Report on malaria in the Punjab during the year ...  together with an account of the work of the Punjab Malaria Bureau - Volume 3
Disease focus: Malaria
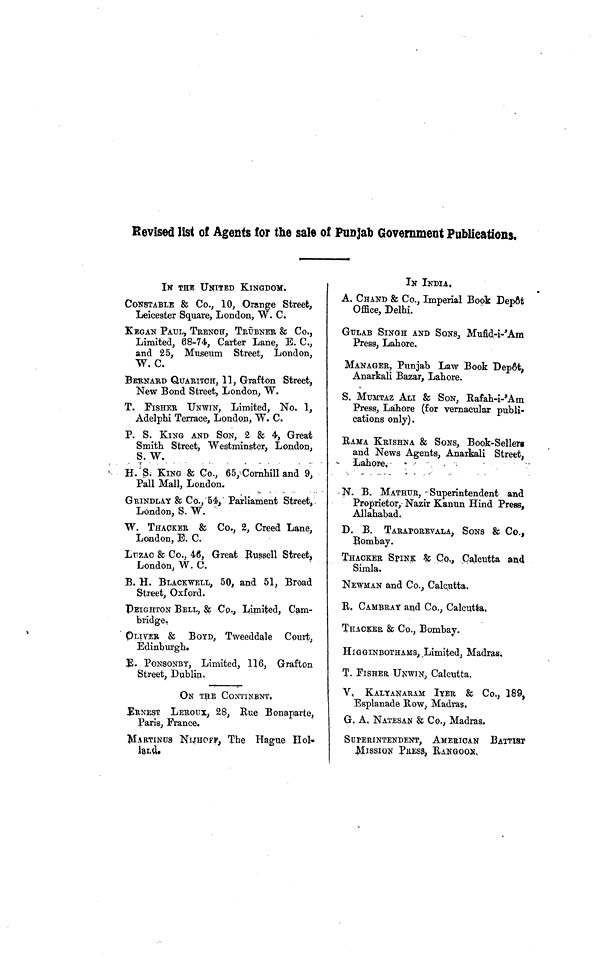
Revised list of Agents lor the sale of Punjab Government Publications.
IN THE UNITED KINGDOM.
CONSTABLE & Co., 10, Orange Street,
Leicester Square, London, W. C.
KEGAN PAUL, TRENCH, TRUBNER & Co.,
Limited, 68-74, Carter Lane, E. C,
and 25, Museum Street, London,
W. C.
BERNARD QUARITCH, 11, Graf ton Street,
New Bond Street, London, W.
T. FISHER UNWIN, Limited, No. 1,
Adelphi Terrace, London, W. C.
P. S. KING AND SON, 2 & 4, Great
Smith Street, Westminster, London,
S. W.
H. S. KING & Co., 65, Cornhill and 9,
Pall Mall, London.
GRINDLAY & Co., 54, Parliament Street,.
London, S. W.
W. THACKER & Co., 2, Creed Lane,
London, E. C.
LUZAC & Co., 46, Great Russell Street,
London, W. C.
B. H. BLACKWELL, 50, and 51, Broad
Street, Oxford.
PEIGHTON BELL, & Co., Limited, Cam-
bridge,
OLIVER & BOYD, Tweeddale Court,
Edinburgh.
E. PONSONBY, Limited, 116, Grafton
Street, Dublin.
ON THE CONTINENT,
ERNEST LEROUX, 28, Rue Bonaparte,
Paris, France.
MARTINUS NIJHOFF, The Hague Hol.
land
IN INDIA,
A. CHAND & Co., Imperial Book Depôt
Office, Delhi.
GULAB SINGH AND SONS, Mufid-i-' Am
Press, Lahore.
MANAGER, Punjab Law Book Dep6t,
Anarkali Bazar, Lahore.
S. MUMTAZ ALI & SON, Rafah-i-' Am
Press, Lahore (for vernacular publi-
cations only).
RAMA KRISHNA & SONS, Book-Sellers
and News Agents, Anarkali Street,
Lahore.
N. B. MATHUR, - Superintendent and
Proprietor, Nazir Kanun Hind Press,
Allahabad.
D. B. TARAPOREVALA, SONS & Co.,
Bombay.
THACKER SPINK & CO., Calcutta and
Simla.
NEWMAN and Co., Calcutta,
R, CAMBRAY and Co., Calcutta,
THACKER & Co., Bombay.
HIGGINBOTHAMS, Limited, Madras.
T. FISHER UNWIN, Calcutta,
V.
KALYANARAM IYER & Co., 189,
Esplanade Row, Madras,
G. A. NATESAN & Co., Madras.
SUPERINTENDENT, AMERICAN BATTIST
MISSION PRESS, RANGOON,